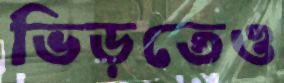
ভিড়তেও